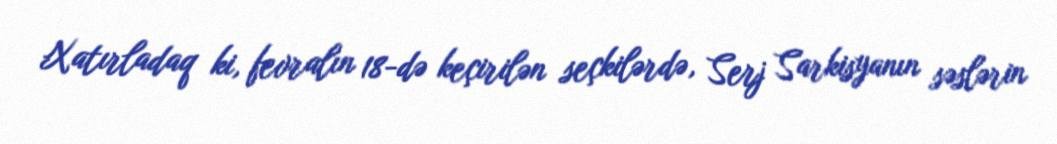
Xatırladaq ki, fevralın 18-də keçirilən seçkilərdə, Serj Sarkisyanın səslərin